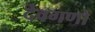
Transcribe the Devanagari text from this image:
देवगणो